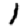
Digit: 1